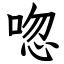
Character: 唿